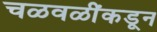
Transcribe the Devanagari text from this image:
चळवळींकडून